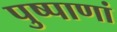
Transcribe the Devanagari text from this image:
पुष्पाणां